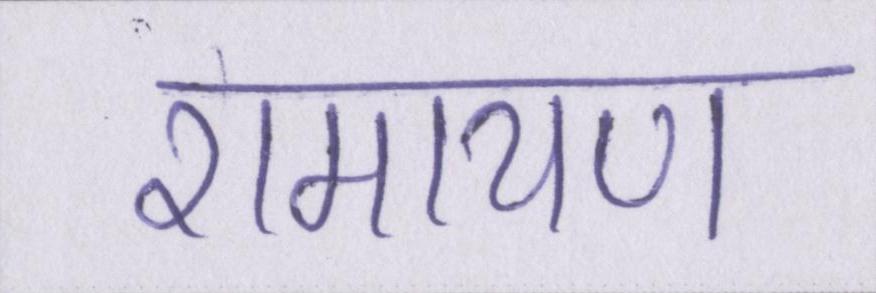
रामायण